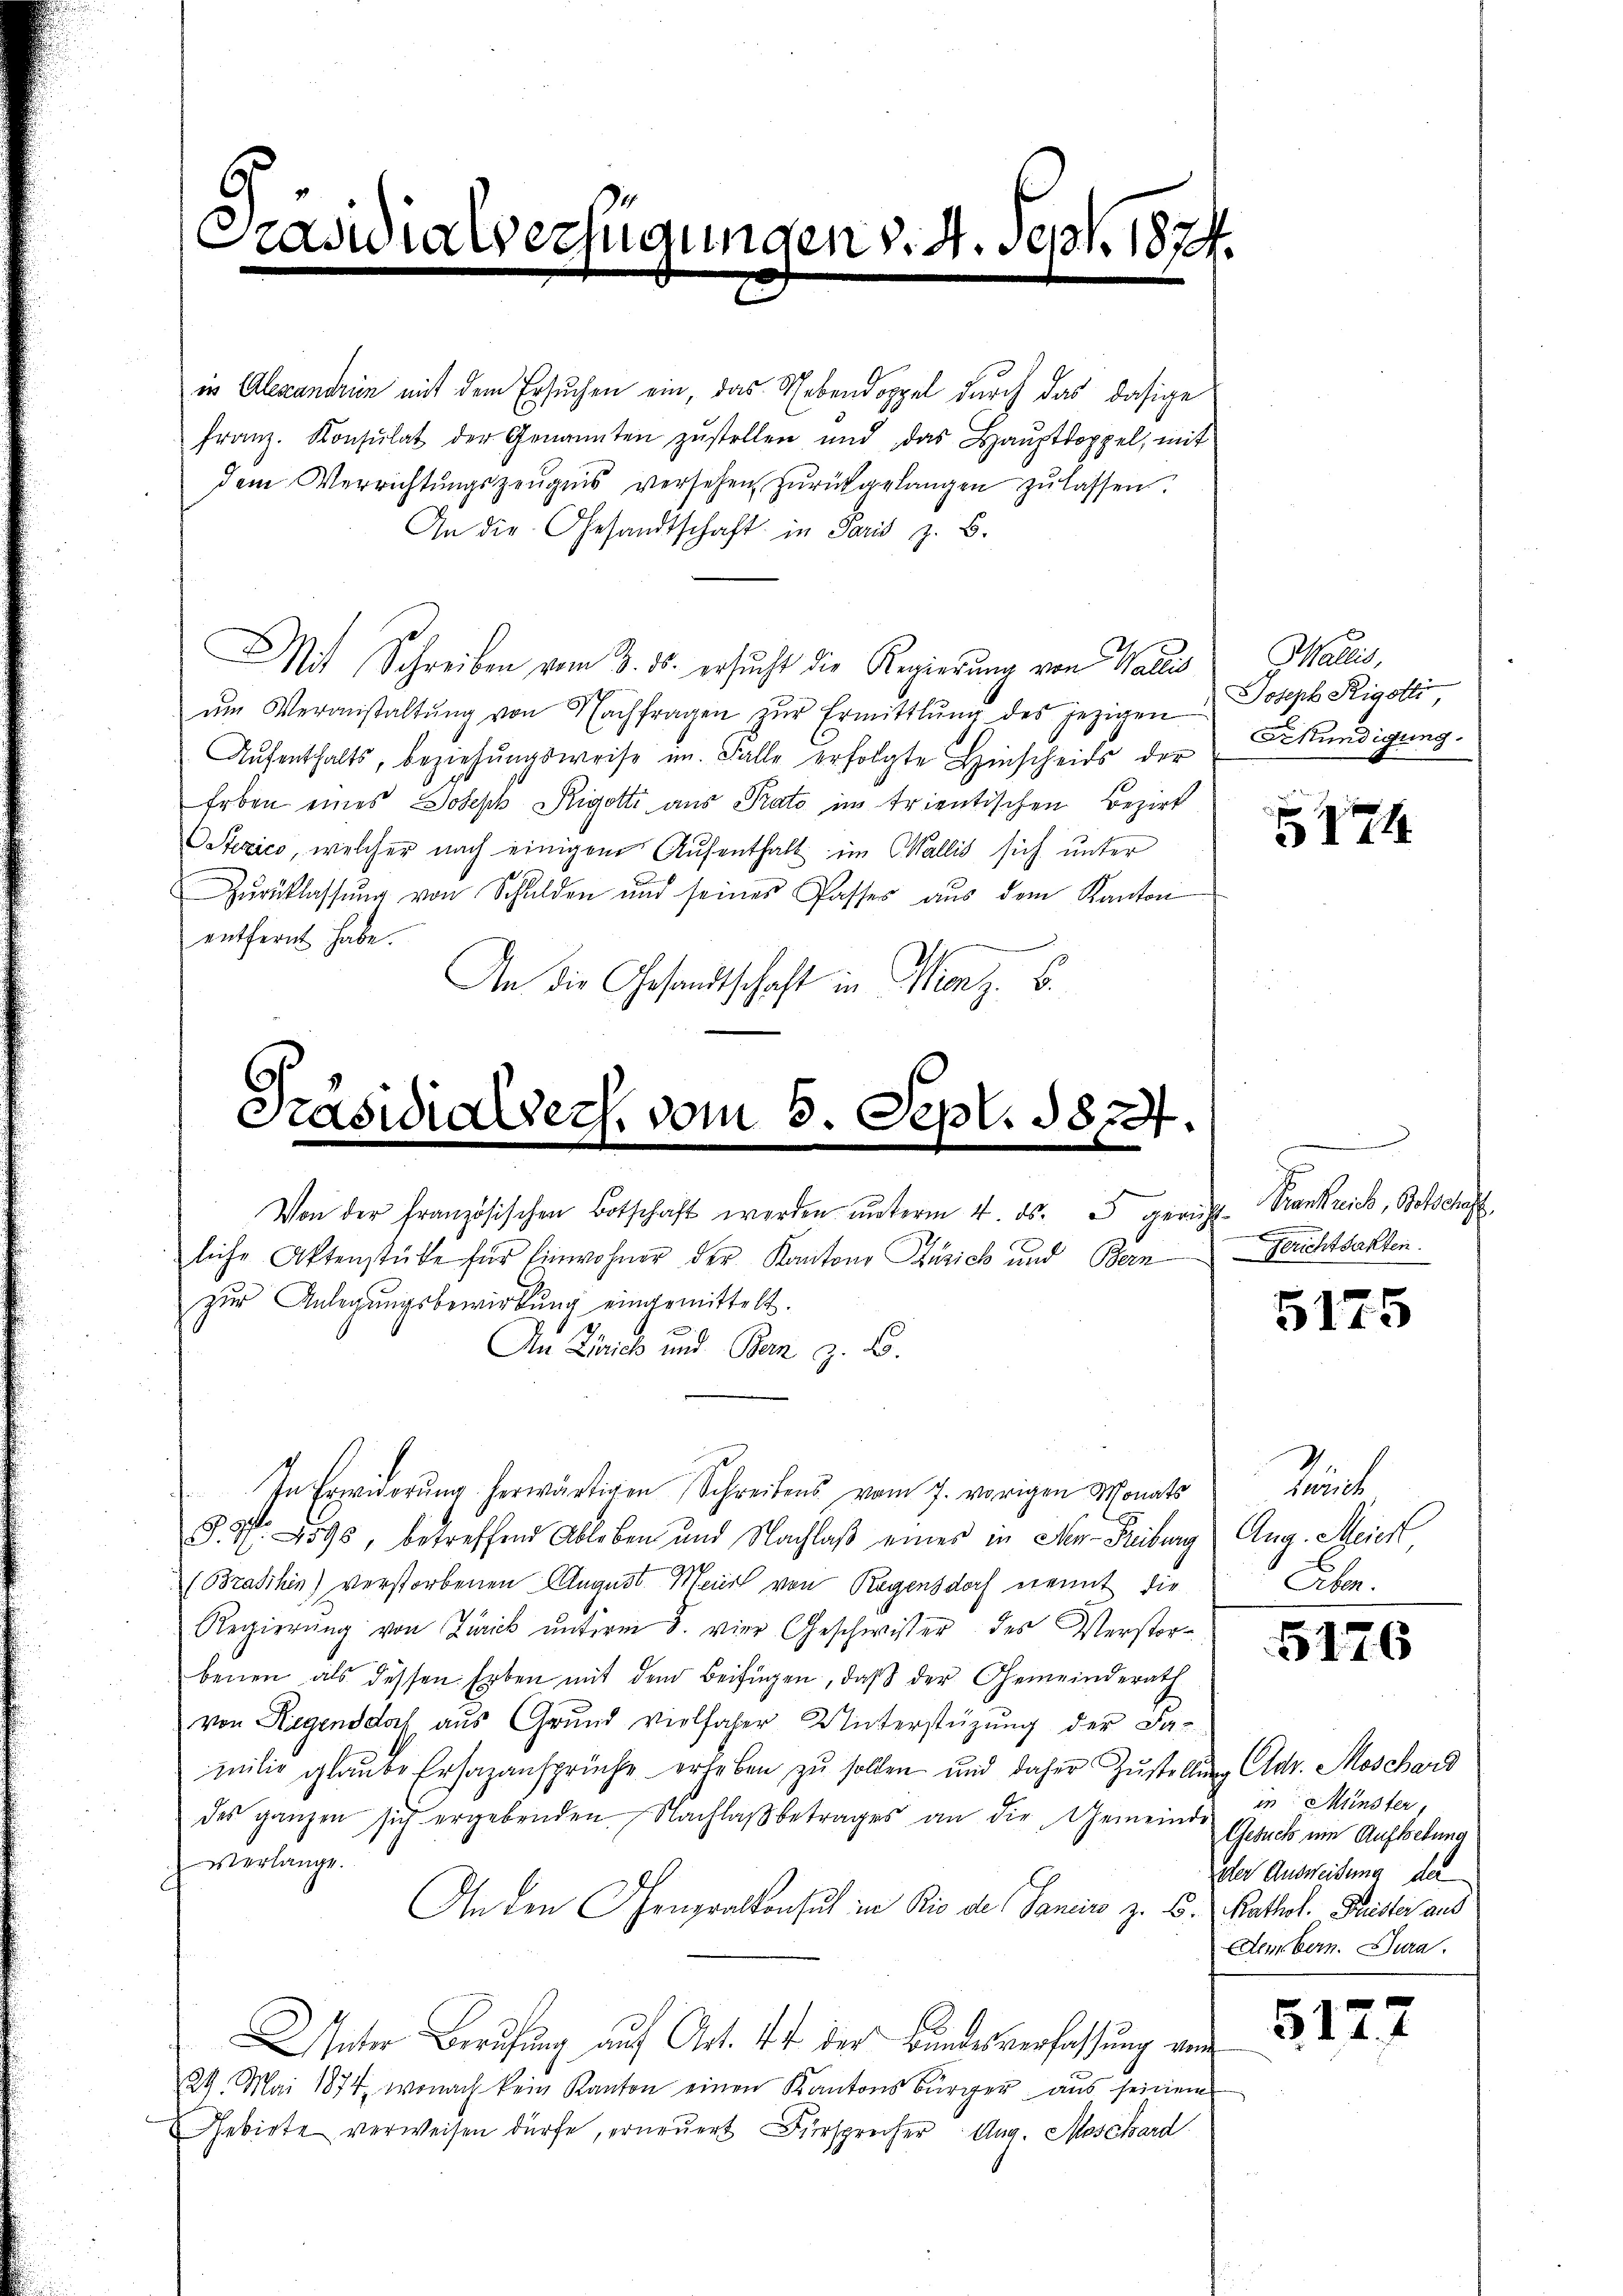
Predi

liche Aktenstüke für Einwohner der Kantons Zürich und Bern Berichtsakten
zŭr Anlegŭngsbewirkung eingemittelt.
In Erwiderung herwärtigen Schreibens vom 7. vorigen Monats
§. 4. Loss, betreffend Ableben und Nachlaβ einer in Mr. Freiburg Aug. Meiert
(Brasihin) verstorbenen August Mein von Regensdorf erannt, die
Regierŭng von Zürick ŭnterm 8. vier Geschwister des Verstor-
benen als dessen Erben mit dem Beifügen, daß der Gemeinderath
von Regend doch aus Grund vielfacher Unterstüzung der Da-
milie glaube Ersazansprüche erheben zu sollen und daher Zustellung dr. Moschard
des ganzen sich ergebenden Nachlaβ betrages an die Gemeinde in Münster
verlange.
An den Chengralkonsul in Rio der Sanciso z. B. Kathol. Pruster aus
Inter Berufung auf Art. 44 der Bundesverfassung von
29. Mai 1874, wonach kein Kanton einen Kantons Bürger aus seinem
Gebirte verweisen dürfe, erneuert Fürsprecher Aug. Moschard

in Alexandrin mit dem Ersuchen ein, das Nebendoppel durch das dasige
franz. Konsulat der Genannten zŭstellen und das Haŭptdoppel, mit
dem Verrichtŭngszeŭgnis versehen zŭrückgelangen zŭ lassen.
An die Gesandtschaft in Paris z. B.
Mit Schreiben vom 3. ds. ersucht die Regierung von Wallis
ŭm Veranstaltŭng von Nachfragen zŭr Ermittlung des jezigen Joseph Rigotti
Aŭfenthalts, beziehŭngsweise im Falle erfolgte Hinscheids der
Erben eines Joseph Rigotti aus Pato in trientischen Bezirk
Stezico, welcher nach einigem Aufenthalt im Wallis sich unter
Zŭrücklassŭng von Schulden und seines Passes aŭs dem Kanton
entfernt habe.
An die Gesandtschaft in Menz. B.

Präsidialsers, vom 5. Sept. 1874.
Von der französischen Botschaft werden ŭnterm 4. ds. 3 gericht Krankreich, Botschaft,

An Zürich und Bern z. B.

d. 4. Sept. 1874.

Wallis,
Kündigung.

174

5175

Rut
Eber.

5176

Gesuch ein Auftretung
der Ausweisung der
Aeerbern. Jura.

5127